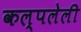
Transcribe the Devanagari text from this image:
कल्पलेली